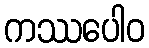
ကဿပေါဝ